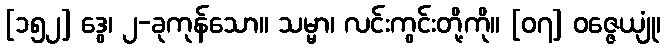
[၁၅၂] ဒွေ၊ ၂-ခုကုန်သော။ သမ္မာ၊ လင်းကွင်းတို့ကို။ [၀၇] ဝဇ္ဇေယျုံ၊